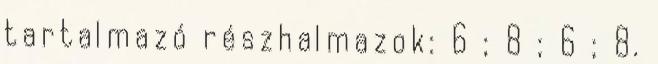
tartalmazó részhalmazok: 6 ; 8 ; 6 ; 8.